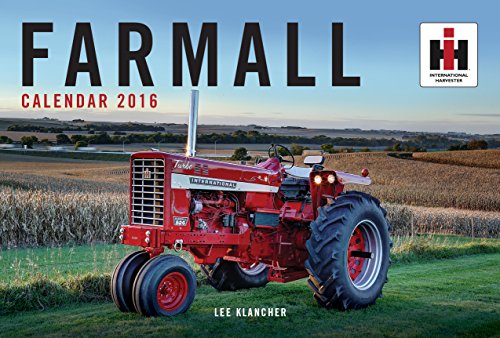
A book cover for Farmall Tractor Calendar 2016; Lee Klancher; Calendars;